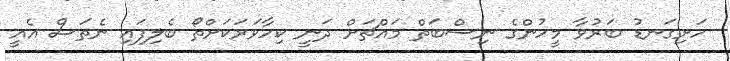
ހަށިގަނޑު ބަރުވާ މީހުންގެ ނިސްބަތް މައްޗަށް ދަނީ ކިހާވަރަކަށްތޯ ބެލިފައި ނެތަސް އެއީ